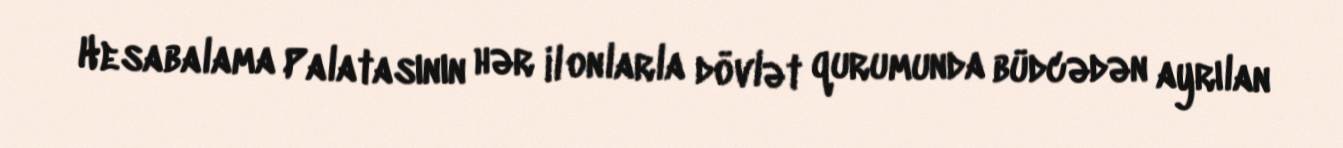
Hesabalama Palatasının hər il onlarla dövlət qurumunda büdcədən ayrılan